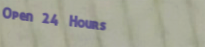
Open 24 Hours